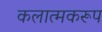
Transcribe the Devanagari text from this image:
कलात्मकरूप